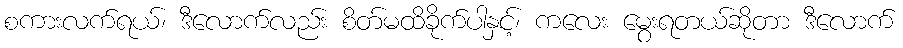
စကားလက်ရယ်၊ ဒီလောက်လည်း စိတ်မထိခိုက်ပါနှင့်၊ ကလေး မွေးရတယ်ဆိုတာ ဒီလောက်